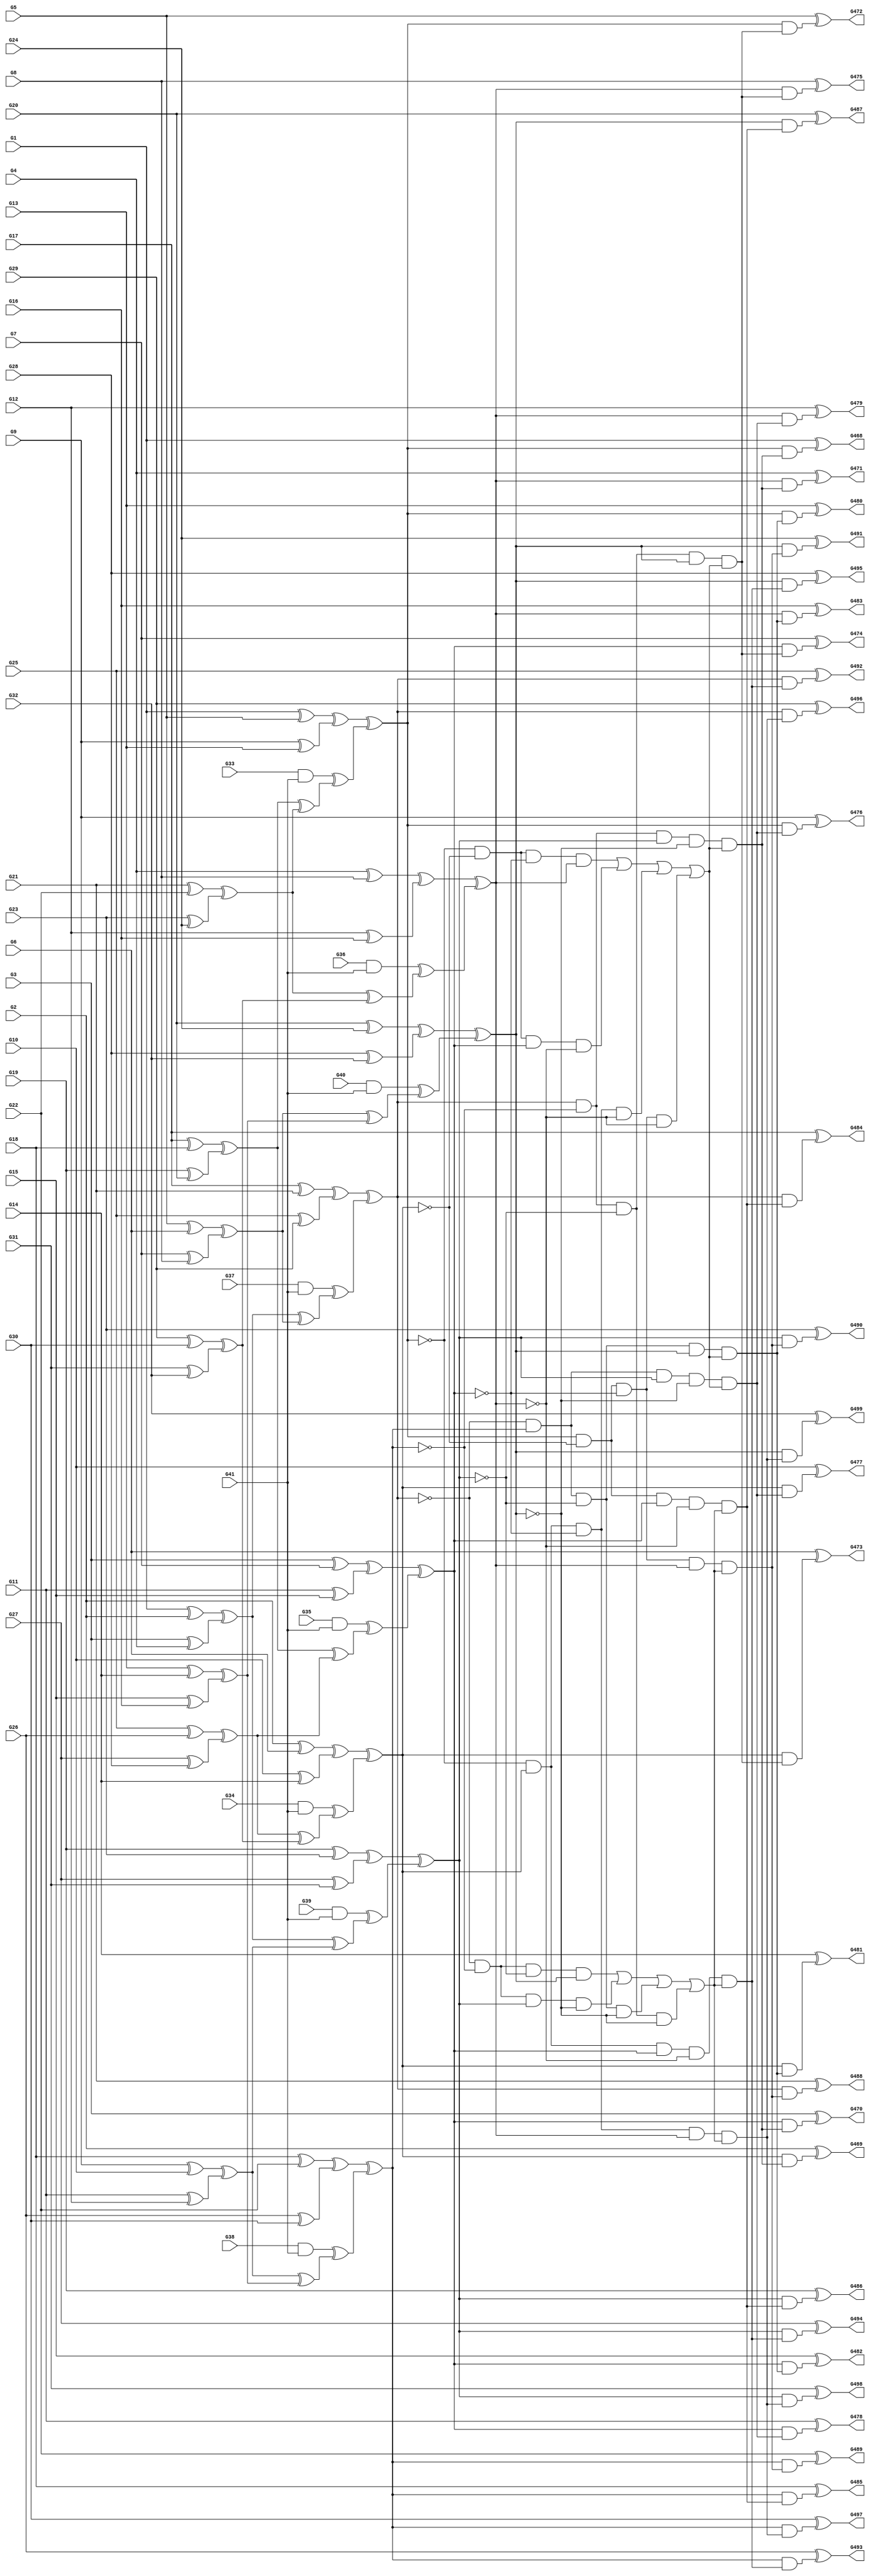
module c499(G1,G10,G11,G12,G13,G14,G15,G16,G17,G18,G19,G2,G20,G21,G22,G23,G24,
  G25,G26,G27,G28,G29,G3,G30,G31,G32,G33,G34,G35,G36,G37,G38,G39,G4,G40,G41,
  G468,G469,G470,G471,G472,G473,G474,G475,G476,G477,G478,G479,G480,G481,G482,
  G483,G484,G485,G486,G487,G488,G489,G490,G491,G492,G493,G494,G495,G496,G497,
  G498,G499,G5,G6,G7,G8,G9);
input G1,G2,G3,G4,G5,G6,G7,G8,G9,G10,G11,G12,G13,G14,G15,G16,G17,G18,G19,G20,
  G21,G22,G23,G24,G25,G26,G27,G28,G29,G30,G31,G32,G33,G34,G35,G36,G37,G38,G39,
  G40,G41;
output G468,G469,G470,G471,G472,G473,G474,G475,G476,G477,G478,G479,G480,G481,
  G482,G483,G484,G485,G486,G487,G488,G489,G490,G491,G492,G493,G494,G495,G496,
  G497,G498,G499;

  wire G146,G147,G148,G149,G150,G151,G152,G153,G154,G155,G156,G157,G158,G159,
    G160,G161,G162,G163,G164,G165,G166,G167,G168,G169,G170,G171,G172,G173,G174,
    G175,G176,G177,G178,G179,G180,G181,G182,G183,G184,G185,G186,G189,G192,G195,
    G198,G201,G204,G207,G210,G211,G212,G213,G214,G215,G216,G217,G218,G219,G220,
    G221,G222,G223,G224,G225,G226,G227,G228,G229,G230,G231,G232,G233,G234,G247,
    G260,G273,G286,G299,G312,G325,G338,G339,G340,G341,G342,G343,G344,G345,G346,
    G347,G348,G349,G350,G351,G352,G353,G354,G355,G356,G357,G358,G359,G360,G361,
    G362,G363,G364,G365,G366,G367,G368,G369,G370,G371,G372,G373,G374,G375,G376,
    G377,G378,G379,G380,G381,G382,G383,G384,G385,G386,G391,G396,G401,G406,G411,
    G416,G421,G426,G431,G436,G437,G438,G439,G440,G441,G442,G443,G444,G445,G446,
    G447,G448,G449,G450,G451,G452,G453,G454,G455,G456,G457,G458,G459,G460,G461,
    G462,G463,G464,G465,G466,G467;

  xor XOR2_0(G146,G1,G2);
  xor XOR2_1(G147,G3,G4);
  xor XOR2_2(G148,G5,G6);
  xor XOR2_3(G149,G7,G8);
  xor XOR2_4(G150,G9,G10);
  xor XOR2_5(G151,G11,G12);
  xor XOR2_6(G152,G13,G14);
  xor XOR2_7(G153,G15,G16);
  xor XOR2_8(G154,G17,G18);
  xor XOR2_9(G155,G19,G20);
  xor XOR2_10(G156,G21,G22);
  xor XOR2_11(G157,G23,G24);
  xor XOR2_12(G158,G25,G26);
  xor XOR2_13(G159,G27,G28);
  xor XOR2_14(G160,G29,G30);
  xor XOR2_15(G161,G31,G32);
  and AND2_0(G162,G33,G41);
  and AND2_1(G163,G34,G41);
  and AND2_2(G164,G35,G41);
  and AND2_3(G165,G36,G41);
  and AND2_4(G166,G37,G41);
  and AND2_5(G167,G38,G41);
  and AND2_6(G168,G39,G41);
  and AND2_7(G169,G40,G41);
  xor XOR2_16(G170,G1,G5);
  xor XOR2_17(G171,G9,G13);
  xor XOR2_18(G172,G2,G6);
  xor XOR2_19(G173,G10,G14);
  xor XOR2_20(G174,G3,G7);
  xor XOR2_21(G175,G11,G15);
  xor XOR2_22(G176,G4,G8);
  xor XOR2_23(G177,G12,G16);
  xor XOR2_24(G178,G17,G21);
  xor XOR2_25(G179,G25,G29);
  xor XOR2_26(G180,G18,G22);
  xor XOR2_27(G181,G26,G30);
  xor XOR2_28(G182,G19,G23);
  xor XOR2_29(G183,G27,G31);
  xor XOR2_30(G184,G20,G24);
  xor XOR2_31(G185,G28,G32);
  xor XOR2_32(G186,G146,G147);
  xor XOR2_33(G189,G148,G149);
  xor XOR2_34(G192,G150,G151);
  xor XOR2_35(G195,G152,G153);
  xor XOR2_36(G198,G154,G155);
  xor XOR2_37(G201,G156,G157);
  xor XOR2_38(G204,G158,G159);
  xor XOR2_39(G207,G160,G161);
  xor XOR2_40(G210,G170,G171);
  xor XOR2_41(G211,G172,G173);
  xor XOR2_42(G212,G174,G175);
  xor XOR2_43(G213,G176,G177);
  xor XOR2_44(G214,G178,G179);
  xor XOR2_45(G215,G180,G181);
  xor XOR2_46(G216,G182,G183);
  xor XOR2_47(G217,G184,G185);
  xor XOR2_48(G218,G186,G189);
  xor XOR2_49(G219,G192,G195);
  xor XOR2_50(G220,G186,G192);
  xor XOR2_51(G221,G189,G195);
  xor XOR2_52(G222,G198,G201);
  xor XOR2_53(G223,G204,G207);
  xor XOR2_54(G224,G198,G204);
  xor XOR2_55(G225,G201,G207);
  xor XOR2_56(G226,G162,G222);
  xor XOR2_57(G227,G163,G223);
  xor XOR2_58(G228,G164,G224);
  xor XOR2_59(G229,G165,G225);
  xor XOR2_60(G230,G166,G218);
  xor XOR2_61(G231,G167,G219);
  xor XOR2_62(G232,G168,G220);
  xor XOR2_63(G233,G169,G221);
  xor XOR2_64(G234,G210,G226);
  xor XOR2_65(G247,G211,G227);
  xor XOR2_66(G260,G212,G228);
  xor XOR2_67(G273,G213,G229);
  xor XOR2_68(G286,G214,G230);
  xor XOR2_69(G299,G215,G231);
  xor XOR2_70(G312,G216,G232);
  xor XOR2_71(G325,G217,G233);
  not NOT_0(G338,G234);
  not NOT_1(G339,G247);
  not NOT_2(G340,G260);
  not NOT_3(G341,G234);
  not NOT_4(G342,G247);
  not NOT_5(G343,G273);
  not NOT_6(G344,G234);
  not NOT_7(G345,G260);
  not NOT_8(G346,G273);
  not NOT_9(G347,G247);
  not NOT_10(G348,G260);
  not NOT_11(G349,G273);
  not NOT_12(G350,G299);
  not NOT_13(G351,G325);
  not NOT_14(G352,G299);
  not NOT_15(G353,G312);
  not NOT_16(G354,G286);
  not NOT_17(G355,G325);
  not NOT_18(G356,G286);
  not NOT_19(G357,G312);
  not NOT_20(G358,G286);
  not NOT_21(G359,G299);
  not NOT_22(G360,G312);
  not NOT_23(G361,G286);
  not NOT_24(G362,G299);
  not NOT_25(G363,G325);
  not NOT_26(G364,G286);
  not NOT_27(G365,G312);
  not NOT_28(G366,G325);
  not NOT_29(G367,G299);
  not NOT_30(G368,G312);
  not NOT_31(G369,G325);
  not NOT_32(G370,G247);
  not NOT_33(G371,G273);
  not NOT_34(G372,G247);
  not NOT_35(G373,G260);
  not NOT_36(G374,G234);
  not NOT_37(G375,G273);
  not NOT_38(G376,G234);
  not NOT_39(G377,G260);
  and AND4_0(G378,G338,G339,G340,G273);
  and AND4_1(G379,G341,G342,G260,G343);
  and AND4_2(G380,G344,G247,G345,G346);
  and AND4_3(G381,G234,G347,G348,G349);
  and AND4_4(G382,G358,G359,G360,G325);
  and AND4_5(G383,G361,G362,G312,G363);
  and AND4_6(G384,G364,G299,G365,G366);
  and AND4_7(G385,G286,G367,G368,G369);
  or OR4_0(G386,G378,G379,G380,G381);
  or OR4_1(G391,G382,G383,G384,G385);
  and AND5_0(G396,G286,G350,G312,G351,G386);
  and AND5_1(G401,G286,G352,G353,G325,G386);
  and AND5_2(G406,G354,G299,G312,G355,G386);
  and AND5_3(G411,G356,G299,G357,G325,G386);
  and AND5_4(G416,G234,G370,G260,G371,G391);
  and AND5_5(G421,G234,G372,G373,G273,G391);
  and AND5_6(G426,G374,G247,G260,G375,G391);
  and AND5_7(G431,G376,G247,G377,G273,G391);
  and AND2_8(G436,G234,G396);
  and AND2_9(G437,G247,G396);
  and AND2_10(G438,G260,G396);
  and AND2_11(G439,G273,G396);
  and AND2_12(G440,G234,G401);
  and AND2_13(G441,G247,G401);
  and AND2_14(G442,G260,G401);
  and AND2_15(G443,G273,G401);
  and AND2_16(G444,G234,G406);
  and AND2_17(G445,G247,G406);
  and AND2_18(G446,G260,G406);
  and AND2_19(G447,G273,G406);
  and AND2_20(G448,G234,G411);
  and AND2_21(G449,G247,G411);
  and AND2_22(G450,G260,G411);
  and AND2_23(G451,G273,G411);
  and AND2_24(G452,G286,G416);
  and AND2_25(G453,G299,G416);
  and AND2_26(G454,G312,G416);
  and AND2_27(G455,G325,G416);
  and AND2_28(G456,G286,G421);
  and AND2_29(G457,G299,G421);
  and AND2_30(G458,G312,G421);
  and AND2_31(G459,G325,G421);
  and AND2_32(G460,G286,G426);
  and AND2_33(G461,G299,G426);
  and AND2_34(G462,G312,G426);
  and AND2_35(G463,G325,G426);
  and AND2_36(G464,G286,G431);
  and AND2_37(G465,G299,G431);
  and AND2_38(G466,G312,G431);
  and AND2_39(G467,G325,G431);
  xor XOR2_72(G468,G1,G436);
  xor XOR2_73(G469,G2,G437);
  xor XOR2_74(G470,G3,G438);
  xor XOR2_75(G471,G4,G439);
  xor XOR2_76(G472,G5,G440);
  xor XOR2_77(G473,G6,G441);
  xor XOR2_78(G474,G7,G442);
  xor XOR2_79(G475,G8,G443);
  xor XOR2_80(G476,G9,G444);
  xor XOR2_81(G477,G10,G445);
  xor XOR2_82(G478,G11,G446);
  xor XOR2_83(G479,G12,G447);
  xor XOR2_84(G480,G13,G448);
  xor XOR2_85(G481,G14,G449);
  xor XOR2_86(G482,G15,G450);
  xor XOR2_87(G483,G16,G451);
  xor XOR2_88(G484,G17,G452);
  xor XOR2_89(G485,G18,G453);
  xor XOR2_90(G486,G19,G454);
  xor XOR2_91(G487,G20,G455);
  xor XOR2_92(G488,G21,G456);
  xor XOR2_93(G489,G22,G457);
  xor XOR2_94(G490,G23,G458);
  xor XOR2_95(G491,G24,G459);
  xor XOR2_96(G492,G25,G460);
  xor XOR2_97(G493,G26,G461);
  xor XOR2_98(G494,G27,G462);
  xor XOR2_99(G495,G28,G463);
  xor XOR2_100(G496,G29,G464);
  xor XOR2_101(G497,G30,G465);
  xor XOR2_102(G498,G31,G466);
  xor XOR2_103(G499,G32,G467);

endmodule